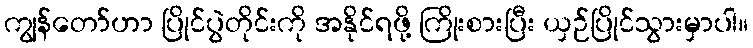
ကျွန်တော်ဟာ ပြိုင်ပွဲတိုင်းကို အနိုင်ရဖို့ ကြိုးစားပြီး ယှဉ်ပြိုင်သွားမှာပါ။